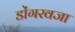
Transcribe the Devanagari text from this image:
डोंगरवजा